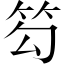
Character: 𥬉